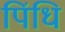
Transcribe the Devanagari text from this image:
पिंधि